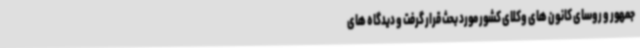
جمهور و روسای کانون های وکلای کشور مورد بحث قرار گرفت و دیدگاه های